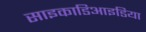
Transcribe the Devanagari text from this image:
साइकाडिआइडिया